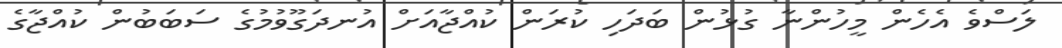
ލަސްވެ އެހެން މީހުންނާ ގުޅުން ބަދަހި ކުރަން ކުއްޖާއަށް އުނދަގޫވުމުގެ ސަބަބުން ކުއްޖާގެ